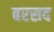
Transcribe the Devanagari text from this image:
बरसद